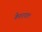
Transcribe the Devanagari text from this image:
केशरपाल